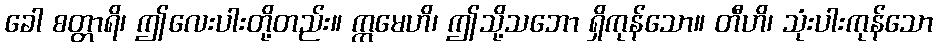
ခေါ စတ္တာရိ၊ ဤလေးပါးတို့တည်း။ ဣမေဟိ၊ ဤသို့သဘော ရှိကုန်သော။ တီဟိ၊ သုံးပါးကုန်သော